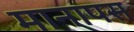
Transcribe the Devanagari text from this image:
मानापस